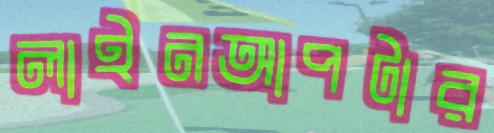
লাইনআপটার